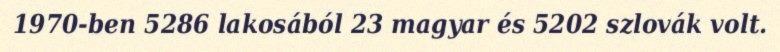
1970-ben 5286 lakosából 23 magyar és 5202 szlovák volt.